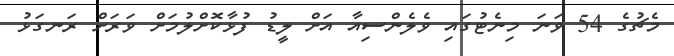
މެޗުގެ 54 ވަނަ މިނެޓުގައި ވެލެންސިއާ އަށް ލީޑު ފުޅާކޮށްލުމަށް ވަރަށް ރަނގަޅު